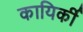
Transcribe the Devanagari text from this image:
कायिर्की